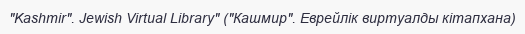
"Kashmir". Jewish Virtual Library" ("Кашмир". Еврейлік виртуалды кітапхана)